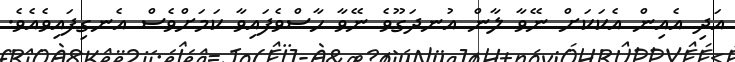
އަދި އެއިން އެކަކަށް ނޭވާ ލާން އުނދަގޫވެ ނޭވާ ހާސްވެފައިވާ ކަމަށްވެސް އެނގިފައިވެއެވެ.